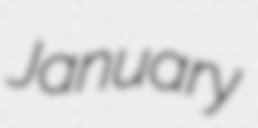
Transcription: January